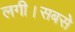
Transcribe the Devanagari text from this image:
लगी।सबसे